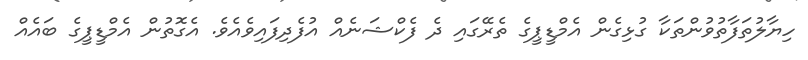
ހިޔާލުތަފާތުވުންތަކާ ގުޅިގެން އެމްޑީޕީގެ ތެރޭގައި ދެ ފެކްޝަނެއް އުފެދިފައިވެއެވެ. އެގޮތުން އެމްޑީޕީގެ ބައެއް